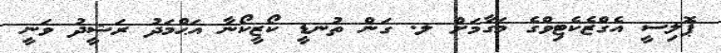
ޕޮލިސީ އެގްޒެކެޓިވްގެ މަގާމަށް ލ. ގަން ތުނޑީ ކޯޒީކޯނާ އަޙްމަދު ރަޝީދު ވަނީ